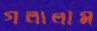
গলালাম